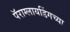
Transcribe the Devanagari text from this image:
पॅराग्लायडिंगच्या